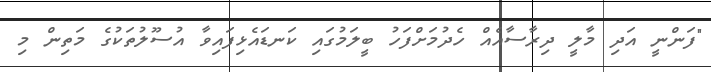
"ފަންނީ އަދި މާލީ ދިރާސާއެއް ހެދުމަށްފަހު ބީލަމުގައި ކަނޑައެޅިފައިވާ އުސޫލުތަކުގެ މަތިން މި